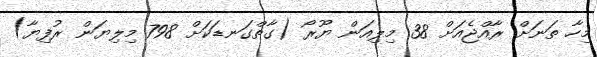
މިހާ ތަނަށް ރާއްޖެއަށް 38 މިލިއަން ޔޫރޯ (ގާތްގަނޑަކަށް 798 މިލިޔަން ރުފިޔާ)